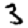
Digit: 3